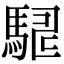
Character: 𮪇